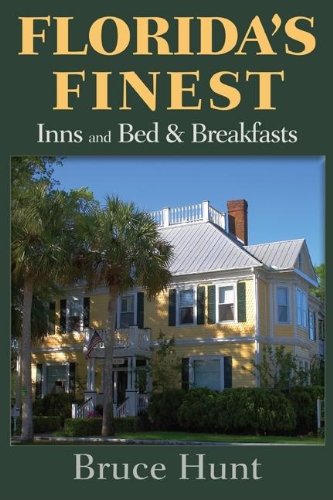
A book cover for Florida's Finest Inns and Bed & Breakfasts (Florida's Finest Inns & Bed & Breakfasts); Bruce Hunt; Travel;